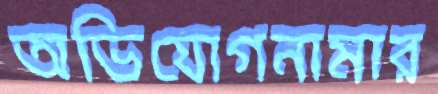
অভিযোগনামার